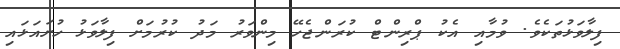
ފިލާވަޅުތަކެވެ. ވުމާއި އެކު ޕްރިންޓް ކުރަންޖެހޭ މިންވަރު މަދު ކުރުމަށް ފިލާވަޅު ހުށައަޅައި